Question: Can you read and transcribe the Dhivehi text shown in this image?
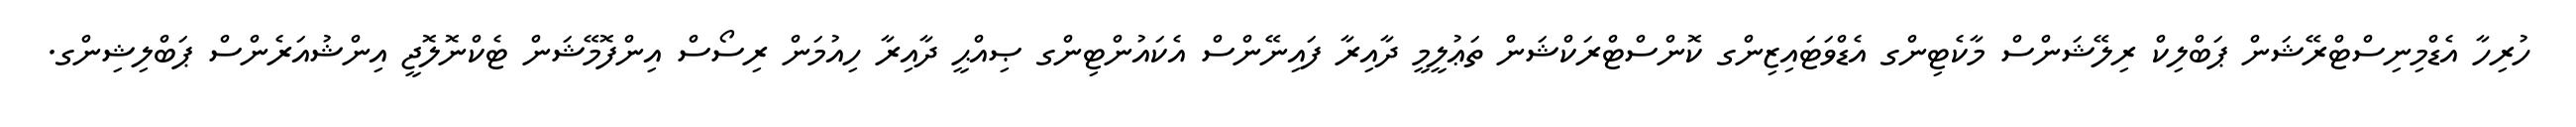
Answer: ހުރިހާ އެޑްމިނިސްޓްރޭޝަން ޕަބްލިކް ރިލޭޝަންސް މާކެޓިންގ އެޑްވަޓައިޒިންގ ކޮންސްޓްރަކްޝަން ތަޢުލީމީ ދާއިރާ ފައިނޭންސް އެކައުންޓިންގ ޞިއްޙީ ދާއިރާ ހިއުމަން ރިސޯސް އިންފޮމޭޝަން ޓެކްނޮލޮޖީ އިންޝުއަރެންސް ޕަބްލިޝިންގ.